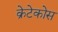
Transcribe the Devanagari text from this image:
क्रेटेकोस